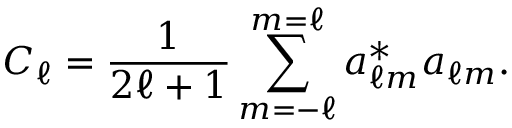
C _ { \ell } = { \frac { 1 } { 2 \ell + 1 } } \sum _ { m = - \ell } ^ { m = \ell } a _ { \ell m } ^ { * } a _ { \ell m } .